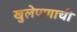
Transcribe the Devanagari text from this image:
खुलेपणाची